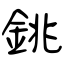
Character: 銚